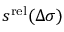
s ^ { \mathrm { r e l } } ( \Delta \sigma )